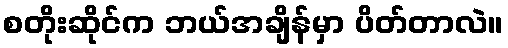
စတိုးဆိုင်က ဘယ်အချိန်မှာ ပိတ်တာလဲ။